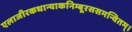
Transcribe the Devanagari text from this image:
एलाजीरकधान्याकनिम्बूरससमन्वितम्।